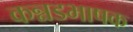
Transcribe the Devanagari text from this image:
कन्नडभाषक